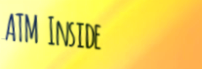
ATM Inside